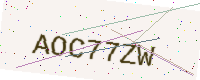
Text: AOC77ZW